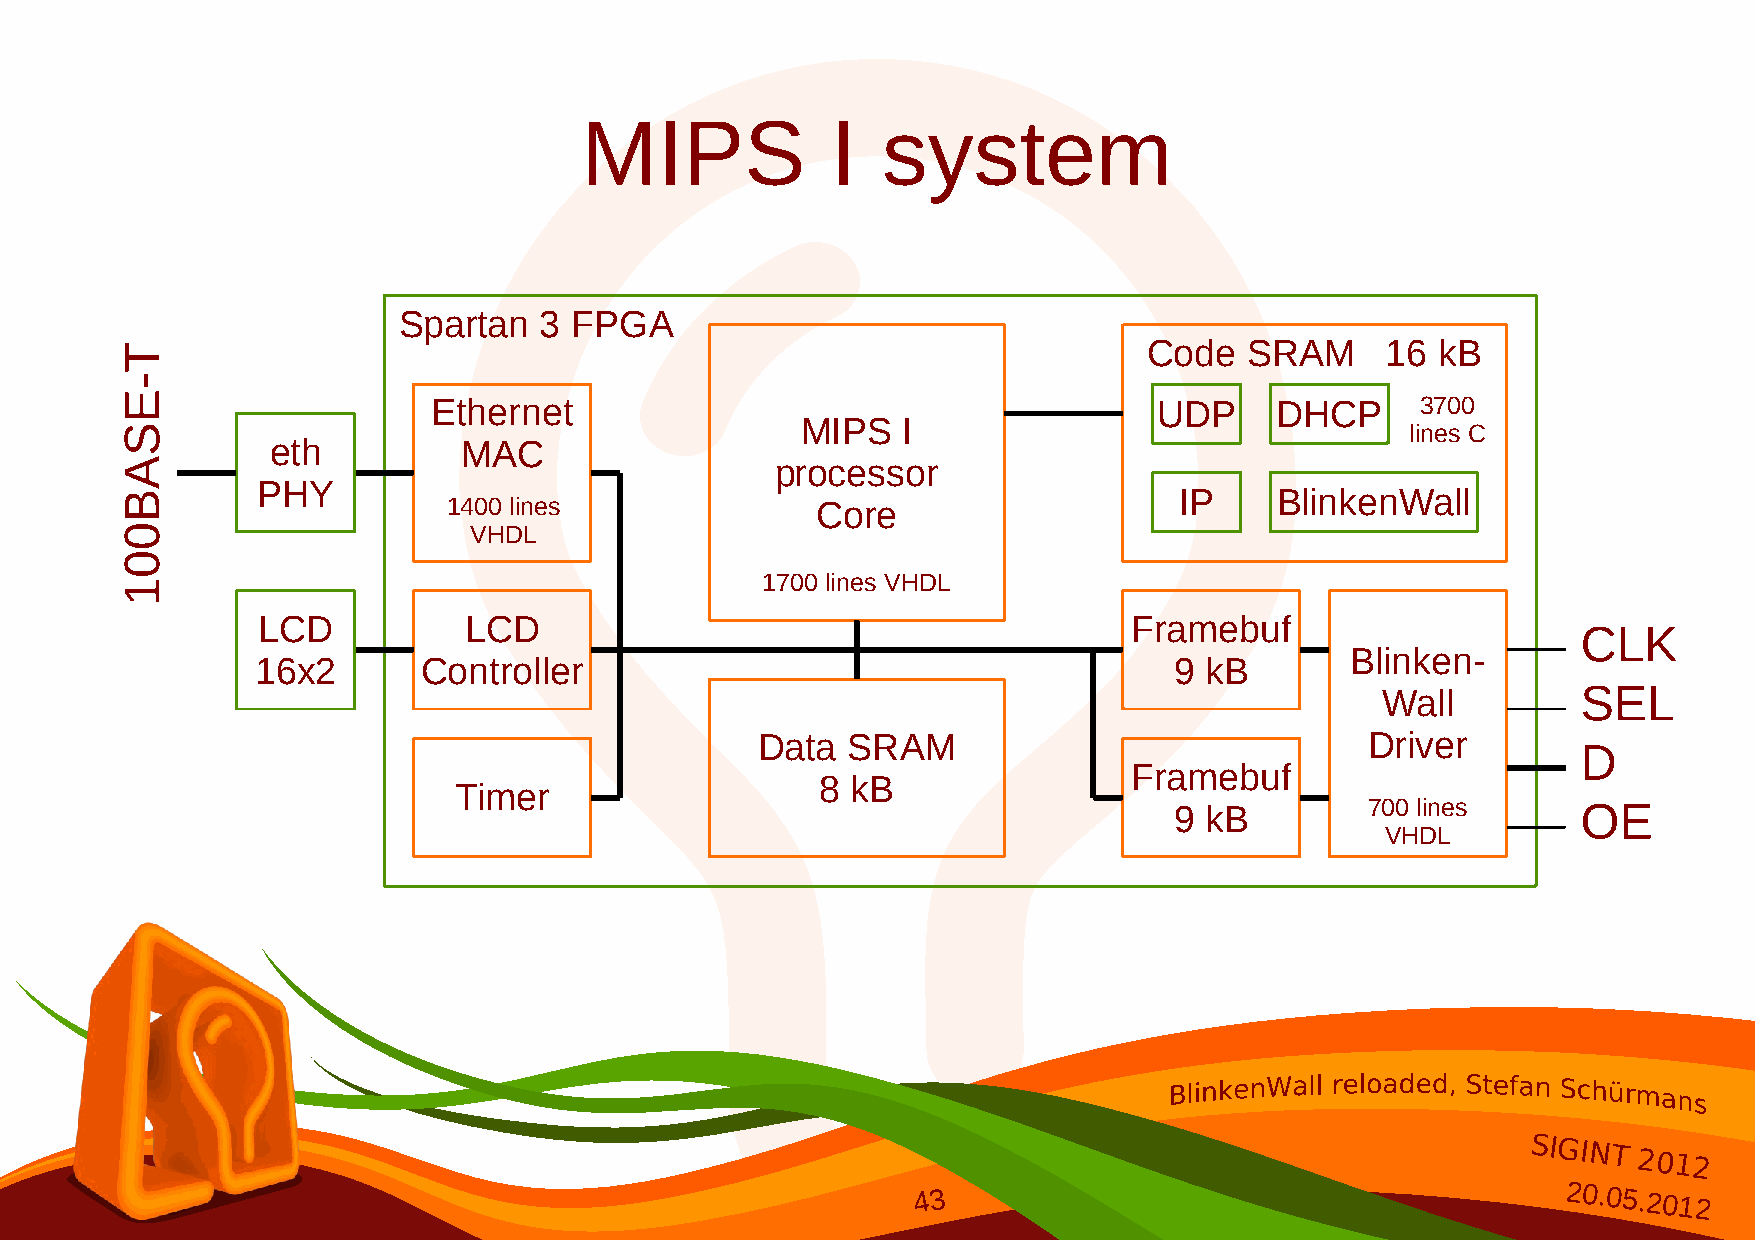
MIPS             I  system
 Spartan   3 FPGA
 Code   SRAM     16 kB
 Ethernet                                        UDP    DHCP      3700
 MIPS   I
 lines C
 eth         MAC
 processor
 PHY
 IP    BlinkenWall
 1400 lines              Core
 VHDL
 1700 lines VHDL
 LCD           LCD                                         Framebuf
 CLK
 Blinken-
 16x2       Controller                                        9 kB
 Wall          SEL
 Data  SRAM                               Driver
 D
 Framebuf
 8 kB
 Timer
 9 kB         700 lines     OE
 VHDL
 SIGINT
 2012
 43                                        20.05.2012
 T-ESAB001